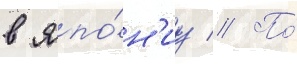
в япо́н'иу // По́